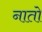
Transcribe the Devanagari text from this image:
नातो